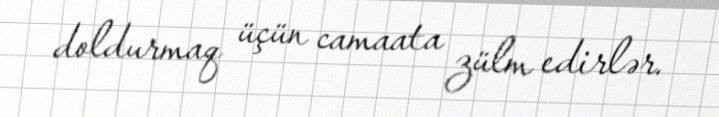
doldurmaq üçün camaata zülm edirlər.